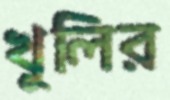
খুলির